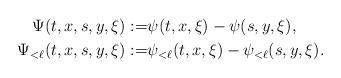
LaTeX: \begin{align*} \Psi(t,x,s,y, \xi) :=& \psi (t,x,\xi) - \psi(s,y,\xi), \\ \Psi_{< \ell}(t,x,s,y, \xi) :=& \psi_{<\ell} (t,x,\xi) - \psi_{<\ell}(s,y,\xi).\end{align*}